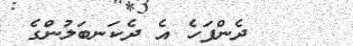
ދެންފަހެ އެ ދެކަނބަލުންގެ